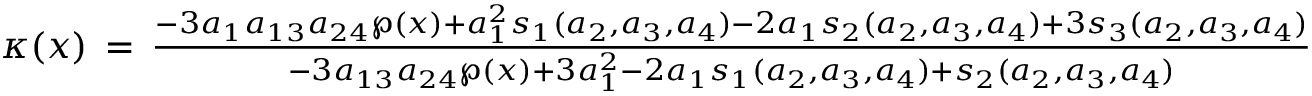
\begin{array} { r } { \kappa ( x ) \, = \, \frac { - 3 a _ { 1 } a _ { 1 3 } a _ { 2 4 } \wp ( x ) + a _ { 1 } ^ { 2 } s _ { 1 } ( a _ { 2 } , a _ { 3 } , a _ { 4 } ) - 2 a _ { 1 } s _ { 2 } ( a _ { 2 } , a _ { 3 } , a _ { 4 } ) + 3 s _ { 3 } ( a _ { 2 } , a _ { 3 } , a _ { 4 } ) } { - 3 a _ { 1 3 } a _ { 2 4 } \wp ( x ) + 3 a _ { 1 } ^ { 2 } - 2 a _ { 1 } s _ { 1 } ( a _ { 2 } , a _ { 3 } , a _ { 4 } ) + s _ { 2 } ( a _ { 2 } , a _ { 3 } , a _ { 4 } ) } } \end{array}